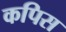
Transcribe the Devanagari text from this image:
कपिस